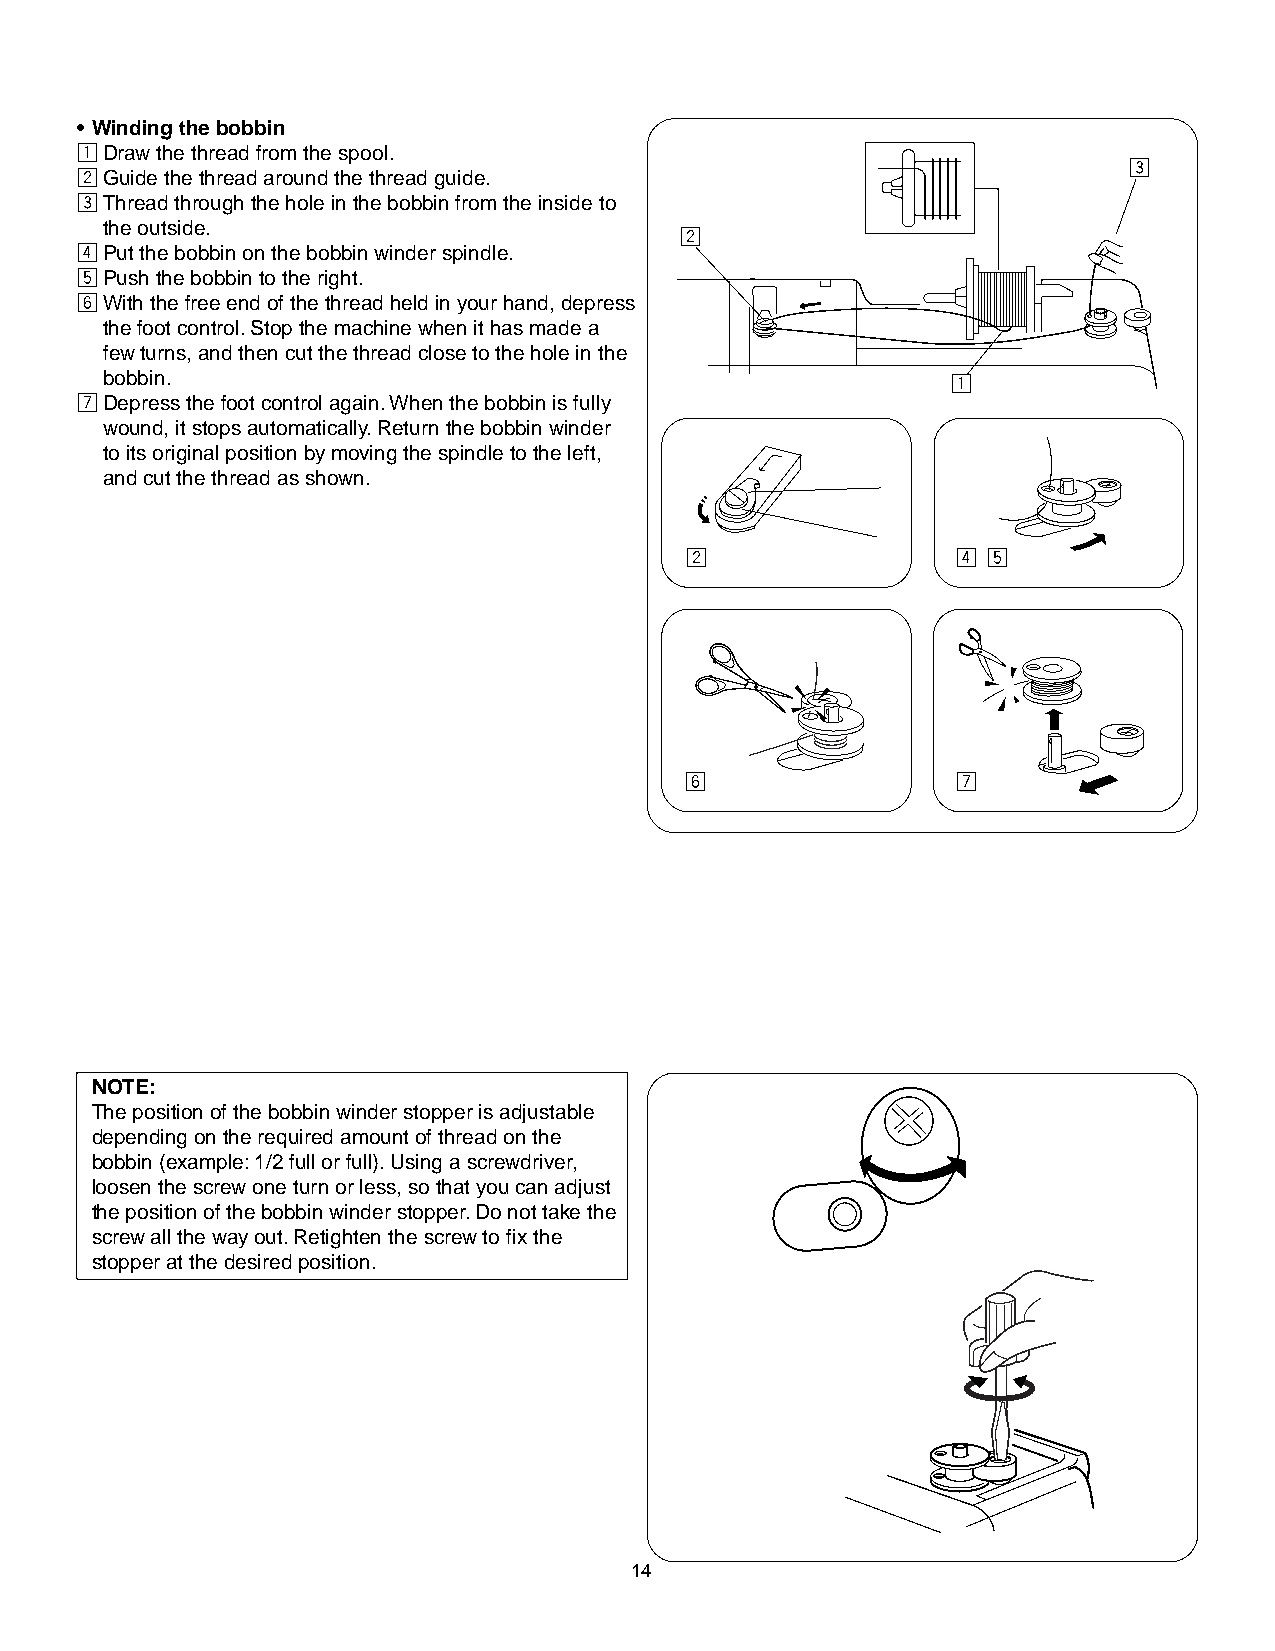
• Winding the bobbin
 zDraw the thread from the spool.
 c
 xGuide the thread around the thread guide.
 cThread through the hole in the bobbin from the inside to
 the outside.
 x
 vPut the bobbin on the bobbin winder spindle.
 bPush the bobbin to the right.
 nWith the free end of the thread held in your hand, depress
 the foot control. Stop the machine when it has made a
 few turns, and then cut the thread close to the hole in the
 bobbin.                                                 z
 mDepress the foot control again. When the bobbin is fully
 wound, it stops automatically. Return the bobbin winder
 to its original position by moving the spindle to the left,
 and cut the thread as shown.
 x                 v b
 n                 m
 NOTE:
 The position of the bobbin winder stopper is adjustable
 depending on the required amount of thread on the
 bobbin (example: 1/2 full or full). Using a screwdriver,
 loosen the screw one turn or less, so that you can adjust
 the position of the bobbin winder stopper. Do not take the
 screw all the way out. Retighten the screw to fix the
 stopper at the desired position.
 14